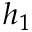
h _ { 1 }